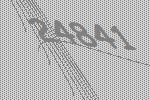
24841